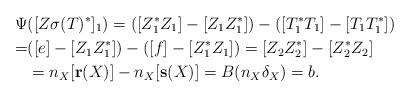
LaTeX: \begin{align*}\Psi & ([Z\sigma (T)^*]_1) = ([Z_1^*Z_1]-[Z_1Z_1^*])-([T_1^*T_1]-[T_1T_1^*])\\ =& ([e]-[Z_1Z_1^*])-([f]-[Z_1^*Z_1])= [Z_2Z_2^*]-[Z_2^*Z_2]\\& = n_X[{\bf r}(X)]- n_X [{\bf s}(X)] = B(n_X\delta_X) = b.\end{align*}